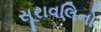
સૂરાવલિનો